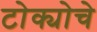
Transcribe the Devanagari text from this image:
टोक्योचे